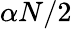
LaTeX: \alpha N/2